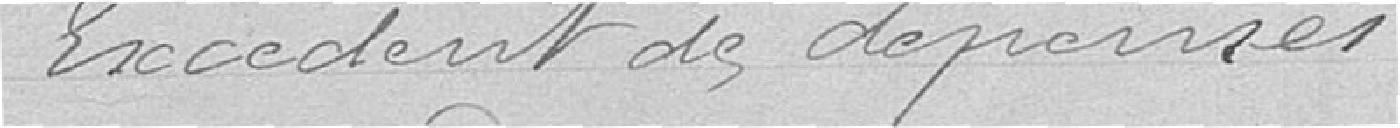
Excédent des dépenses